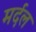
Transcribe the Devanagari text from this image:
मर्दल